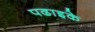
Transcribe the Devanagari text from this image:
पढाइके